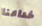
خداعنا